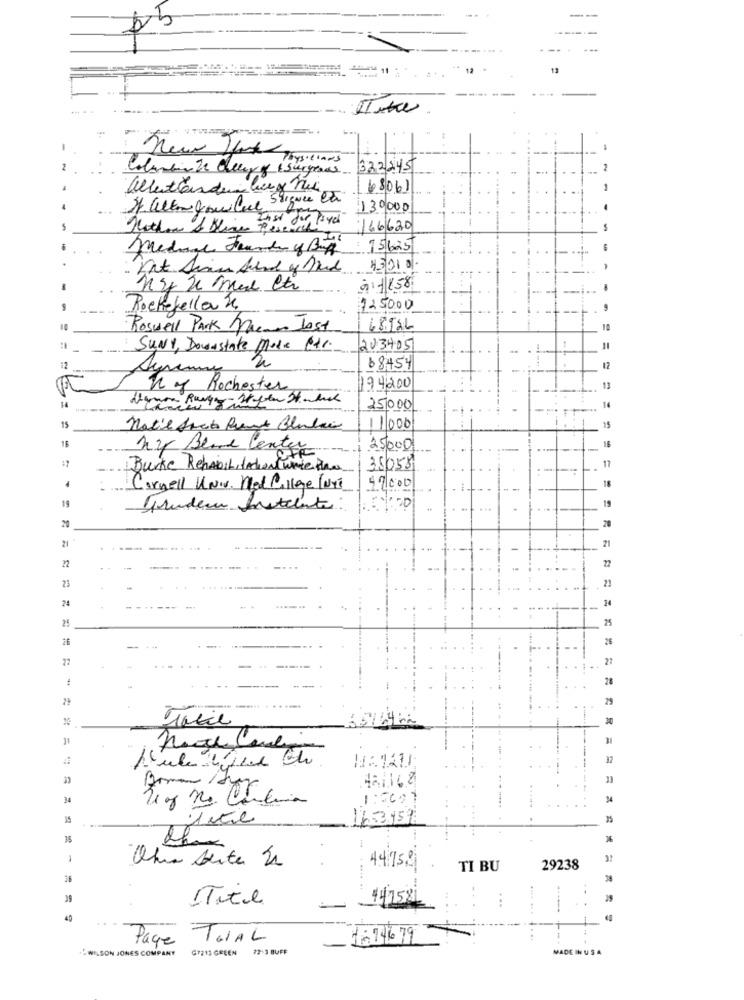
---
11
13
Physicians
322245
alberttanden lunge nie
68/06)
130000
166620
Medinge Found y Big
15.625
4501 0
-
à1158
Rockefella 2.
$25000
Roswell Park meme Jost
68926
SUNY, Downstate Mode Per.
203405
68454
Ky Rochester
174,200
25000
15
Notil Sket Peut Bludai
11000
15
16
ny Bene Center
25000
Burke Rehabil, lachentwee Raw
35058
17
18
Cornell Univ. Med College lors
47000
19
19
Grundeu fratelite
20
20
=====...
21
21
22
73
22
24
24
25
25
20
25
-
27
28
29
30
65
33
48116 8
1:3001
16.3.15 3
35
26
Otra Seite Se
3:
441752
TI BU
29238
36
39
ITite
. .... ..
...
14758
40
Page ToiAL
18216 79
...
WILSON JONES COMPANY G212 GREEN 72:3 BUFF
MADE IN USA